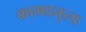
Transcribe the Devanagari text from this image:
कामदनृत्य